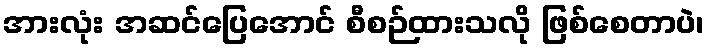
အားလုံး အဆင်ပြေအောင် စီစဉ်ထားသလို ဖြစ်စေတာပဲ၊